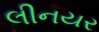
લીનયર